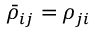
\bar { \rho } _ { i j } = \rho _ { j i }